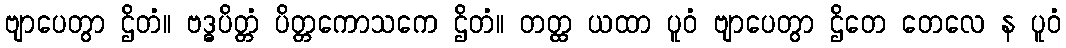
ဗျာပေတွာ ဌိတံ။ ဗဒ္ဓပိတ္တံ ပိတ္တကောသကေ ဌိတံ။ တတ္ထ ယထာ ပူဝံ ဗျာပေတွာ ဌိတေ တေလေ န ပူဝံ